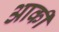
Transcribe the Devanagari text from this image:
आर्की